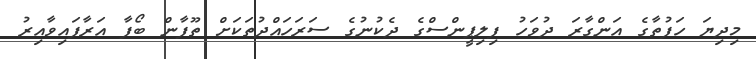
މިދިޔަ ހަފުތާގެ އަންގާރަ ދުވަހު ފިލިޕީންސްގެ ދެކުނުގެ ސަރަހައްދުތަކަށް ތޫފާން ބޯފާ އަރާފައިވާއިރު